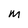
Character: m